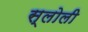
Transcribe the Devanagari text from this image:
स्लोली